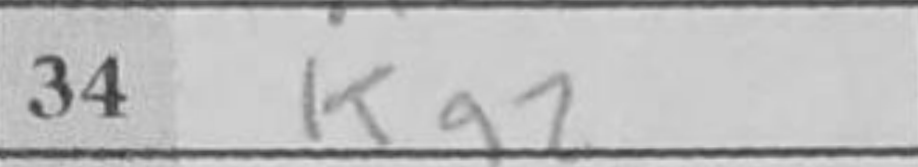
Transcription: Ka2